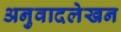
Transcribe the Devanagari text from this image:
अनुवादलेखन